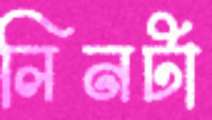
লিনটা